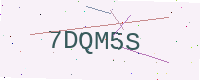
Text: 7DQM5S